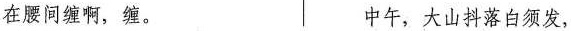
在腰间缠啊，缠。 中午，大山抖落白须发，